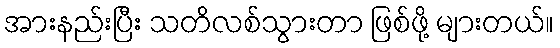
အားနည်းပြီး သတိလစ်သွားတာ ဖြစ်ဖို့ များတယ်။